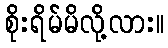
စိုးရိမ်မိလို့လား။